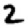
Digit: 2